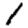
Digit: 1